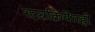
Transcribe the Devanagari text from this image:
शस्त्रक्रियेतही